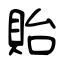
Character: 貽